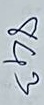
843